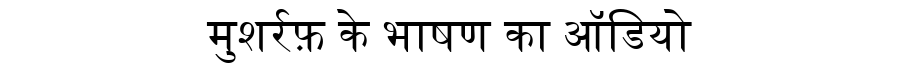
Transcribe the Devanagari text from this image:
मुशर्रफ़ के भाषण का ऑडियो